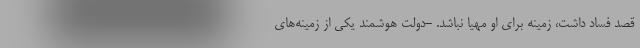
قصد فساد داشت، زمینه برای او مهیا نباشد. -دولت هوشمند یکی از زمینه‌های